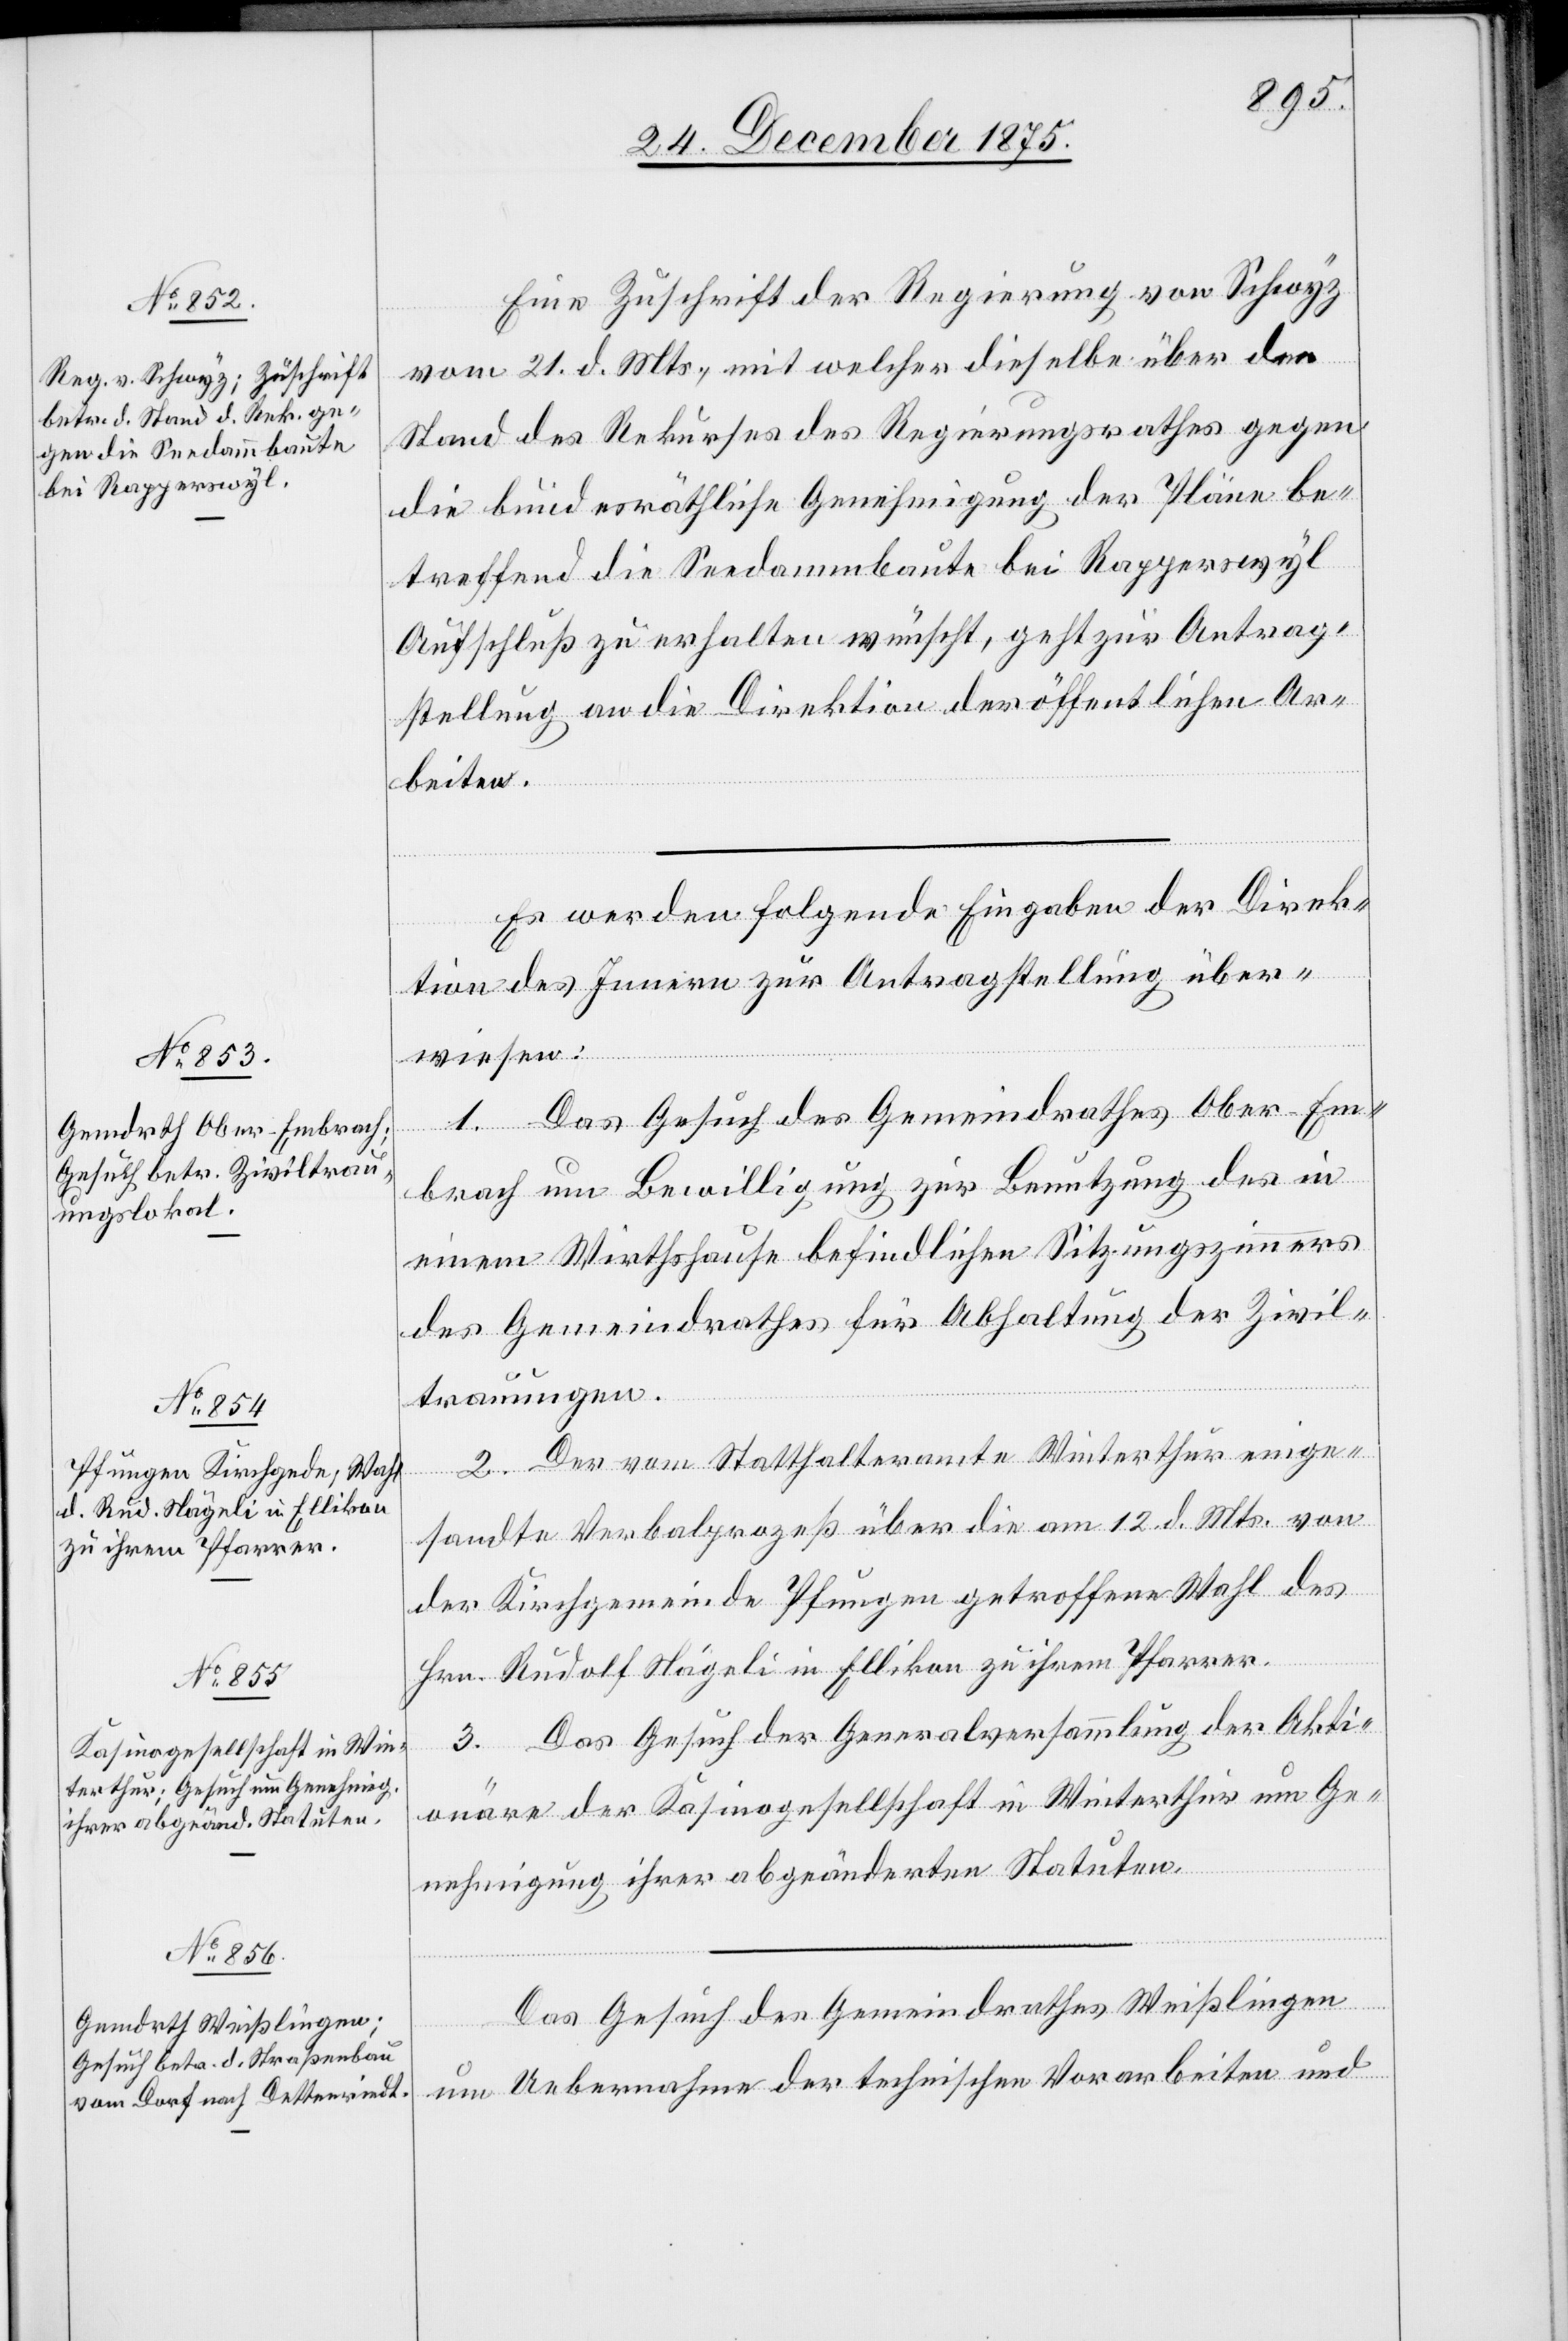
27. December 1875.]
Eine Zuschrift der Regierung von Schwyz
vom 21. d. Mts., mit welcher dieselbe über den
Stand des Rekurses des Regierungsrathes gegen
die bundesräthliche Genehmigung der Pläne be¬
treffend die Seedammbaute bei Rapperswyl
Aufschluß zu erhalten wünscht, geht zur Antrag¬
stellung an die Direktion der öffentlichen Ar¬
beiten.
Es werden folgende Eingaben der Direk¬
tion des Innern zur Antragstellung über¬
wiesen:
1. Das Gesuch des Gemeindrathes Ober-Em¬
brach um Bewilligung zur Benutzung des in
einem Wirthshause befindlichen Sitzungszimmers
des Gemeindrathes für Abhaltung der Zivil¬
trauungen.
2. Der vom Statthalteramte Winterthur einge¬
sandte Verbalprozess über die am 12. d. Mts. von
der Kirchgemeinde Pfungen getroffene Wahl des
Hrn. Rudolf Nägeli in Ellikon zu ihrem Pfarrer.
3. Das Gesuch der Generalversammlung der Akti¬
onäre der Kasinogesellschaft in Winterthur um Ge¬
nehmigung ihrer abgeänderten Statuten.
Das Gesuch des Gemeindrathes Weißlingen
um Uebernahme der technischen Vorarbeiten und